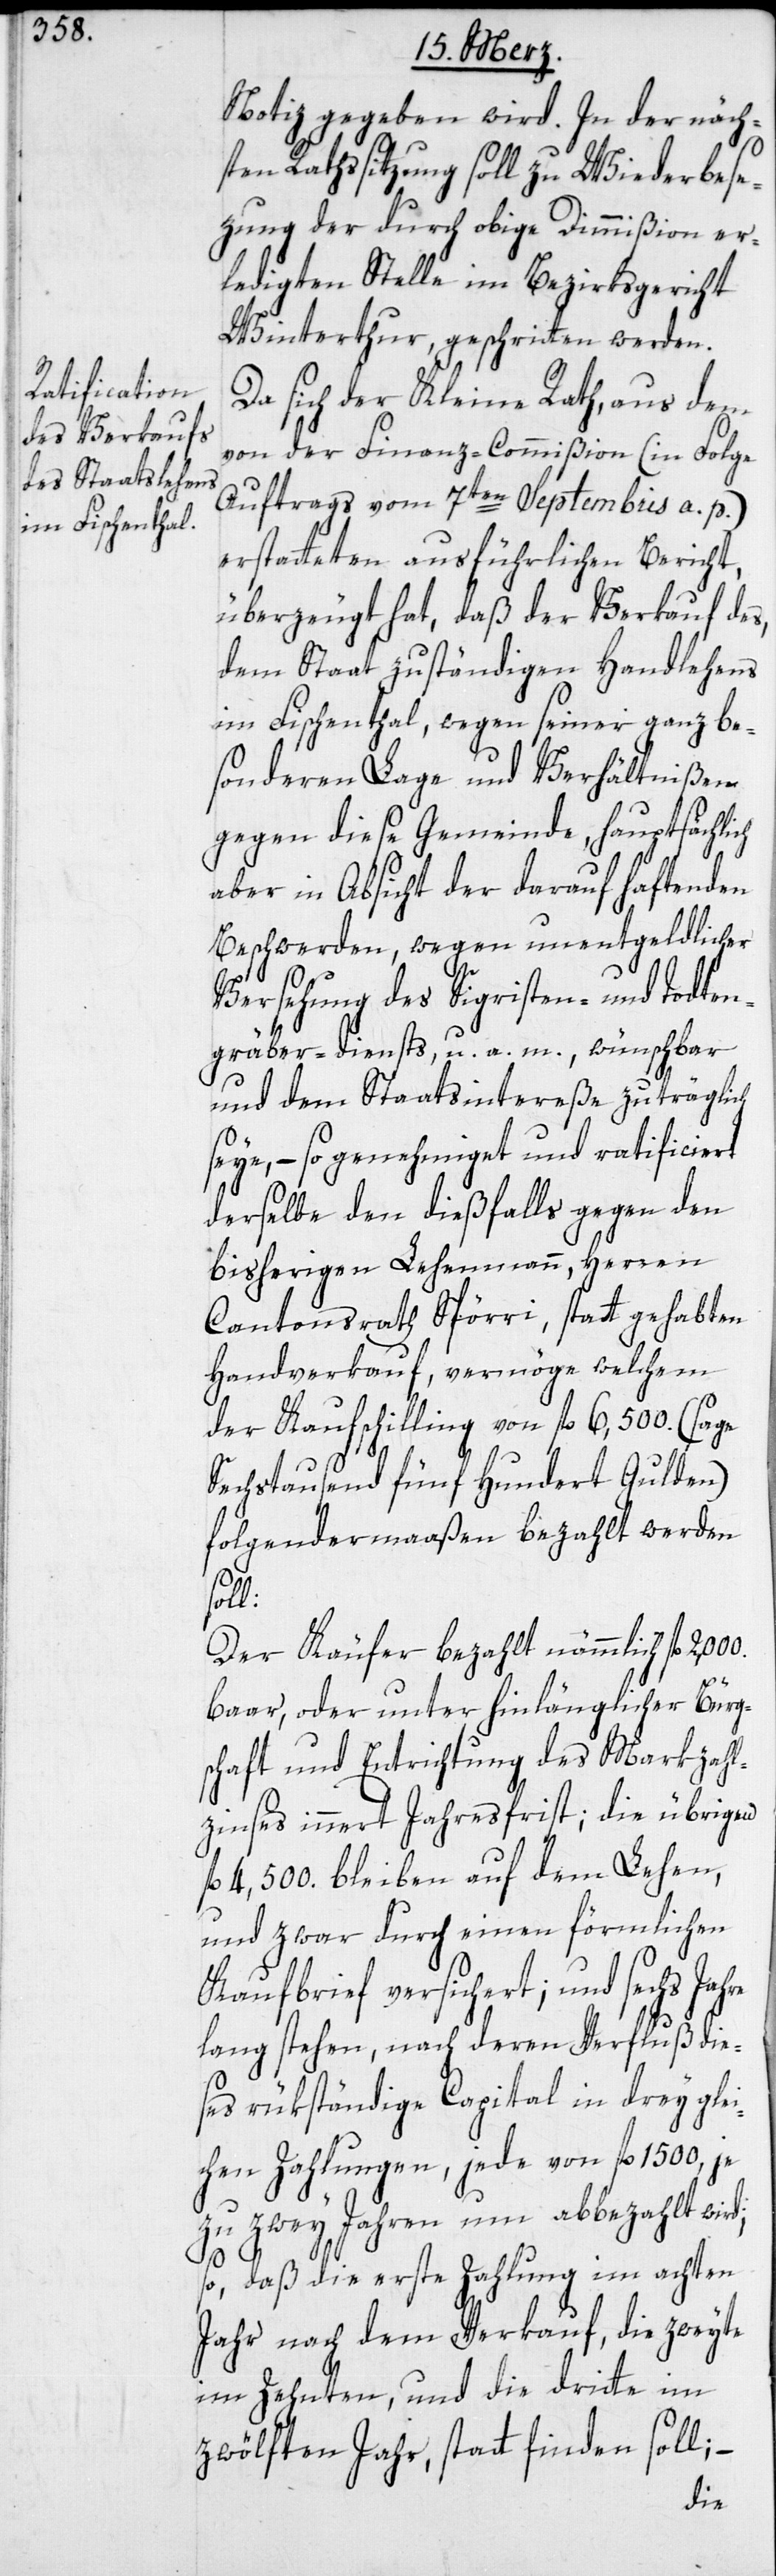
Notiz gegeben wird. In der näch¬
sten Rathssitzung soll zu Wiederbese¬
zung der durch obige Dimißion er¬
ledigten Stelle im Bezirksgericht
Winterthur, geschritten werden.
Da sich der Kleine Rath, aus dem
von der Finanz-Commißion (in Folge
Auftrags vom 7ten Septembris a. p.)
erstatteten ausführlichen Bericht,
überzeugt hat, daß der Verkauf des,
dem Staat zuständigen Handlehens
im Fischenthal, wegen seiner ganz be¬
sonderen Lage und Verhältnißen
gegen diese Gemeinde, hauptsächli¬
aber in Absicht der darauf haftenden
Beschwerden, wegen unentgeldlicher
Versehung des Sigristen- und Todten¬
gräber-diensts, u. a. m., wünschbar
und dem Staatsintereße zuträglich
seye, – so genehmiget und ratificiert
derselbe den dießfalls gegen den
bisherigen Lehenmann, Herren
Cantonsrath Spörri, statt gehabten
Handverkauf, vermöge welchem
der Kaufschilling von fl. 6'500. (sage
Sechstausend fünf Hundert Gulden)
folgendermaaßen bezahlt werden
soll:
Der Käufer bezahlt nämmlich fl.
baar, oder unter hinlänglicher Bürg¬
schaft und Entrichtung des Markzahl¬
zinses innert Jahresfrist; die übrigen
fl. 4,500. bleiben auf dem Lehen,
und zwar durch einen förmlichen
Kaufbrief versichert; und sechs Jahre
lang stehen, nach deren Verfluß die¬
ses rükständige Capital in drey glei¬
chen Zahlungen, jede von fl. 1500, je
zu zwey Jahren um abbezahlt wird;
ch
so, daß die erste Zahlung im achten
Jahr nach dem Verkauf, die zweyte
im Zehnten, und die dritte im
zwölften Jahr, statt finden soll;